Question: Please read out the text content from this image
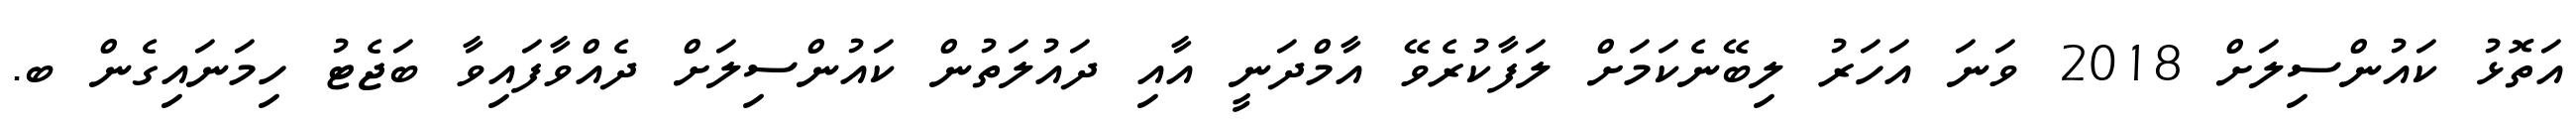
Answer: އަތޮޅު ކައުންސިލަށް 2018 ވަނަ އަހަރު ލިބޭނެކަމަށް ލަފާކުރެވޭ އާމްދަނީ އާއި ދައުލަތުން ކައުންސިލަށް ދެއްވާފައިވާ ބަޖެޓު ހިމަނައިގެން ބ.